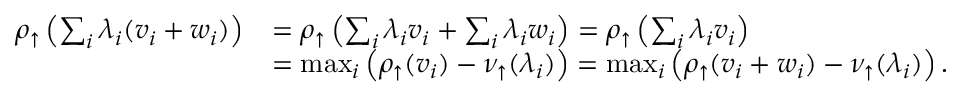
\begin{array} { r l } { \rho _ { \uparrow } \left( \sum _ { i } \lambda _ { i } ( v _ { i } + w _ { i } ) \right) } & { = \rho _ { \uparrow } \left( \sum _ { i } \lambda _ { i } v _ { i } + \sum _ { i } \lambda _ { i } w _ { i } \right) = \rho _ { \uparrow } \left( \sum _ { i } \lambda _ { i } v _ { i } \right) } \\ & { = \operatorname* { m a x } _ { i } \left( \rho _ { \uparrow } ( v _ { i } ) - \nu _ { \uparrow } ( \lambda _ { i } ) \right) = \operatorname* { m a x } _ { i } \left( \rho _ { \uparrow } ( v _ { i } + w _ { i } ) - \nu _ { \uparrow } ( \lambda _ { i } ) \right) . } \end{array}